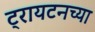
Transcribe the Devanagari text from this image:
ट्रायटनच्या